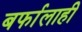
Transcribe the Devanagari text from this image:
बर्फालाही